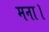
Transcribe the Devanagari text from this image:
मना।